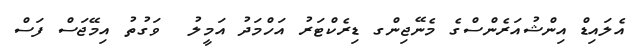
އެލައިޑް އިންޝުއަރެންސްގެ މެނޭޖިންގ ޑިރެކްޓަރު އަހްމަދު އަމީލު  ވަގުތު އިމޭޖަސް ފަސް